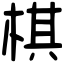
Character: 棋